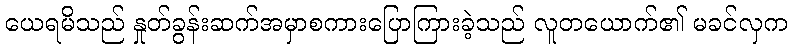
ယေရမိသည် နှုတ်ခွန်းဆက်အမှာစကားပြောကြားခဲ့သည် လူတယောက်၏ မခင်လှက